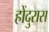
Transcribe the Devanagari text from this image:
होंदुरास